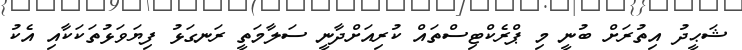
ޝަޙީދު އިތުރަށް ބުނީ މި ޕްރެކްޓިސްތައް ކުރިއަށްދާނީ ސަލާމަތީ ރަނގަޅު ފިޔަވަޅުތަކަކާއި އެކު